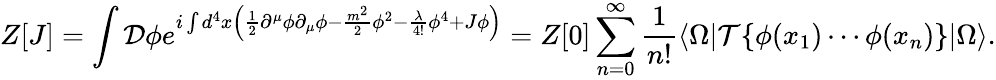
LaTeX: Z[J]=\int{\mathcal{D}}\phi e^{i\int d^{4}x\left({\frac{1}{2}}\partial^{\mu}\phi\partial_{\mu}\phi-{\frac{m^{2}}{2}}\phi^{2}-{\frac{\lambda}{4!}}\phi^{4}+J\phi\right)}=Z[0]\sum_{n=0}^{\infty}{\frac{1}{n!}}\langle\Omega|{\mathcal{T}}\{ {\phi}(x_{1})\cdots{\phi}(x_{n})\} |\Omega\rangle.